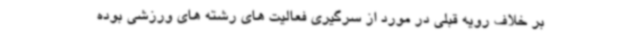
بر خلاف رویه قبلی در مورد از سرگیری فعالیت های رشته های ورزشی بوده